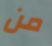
من